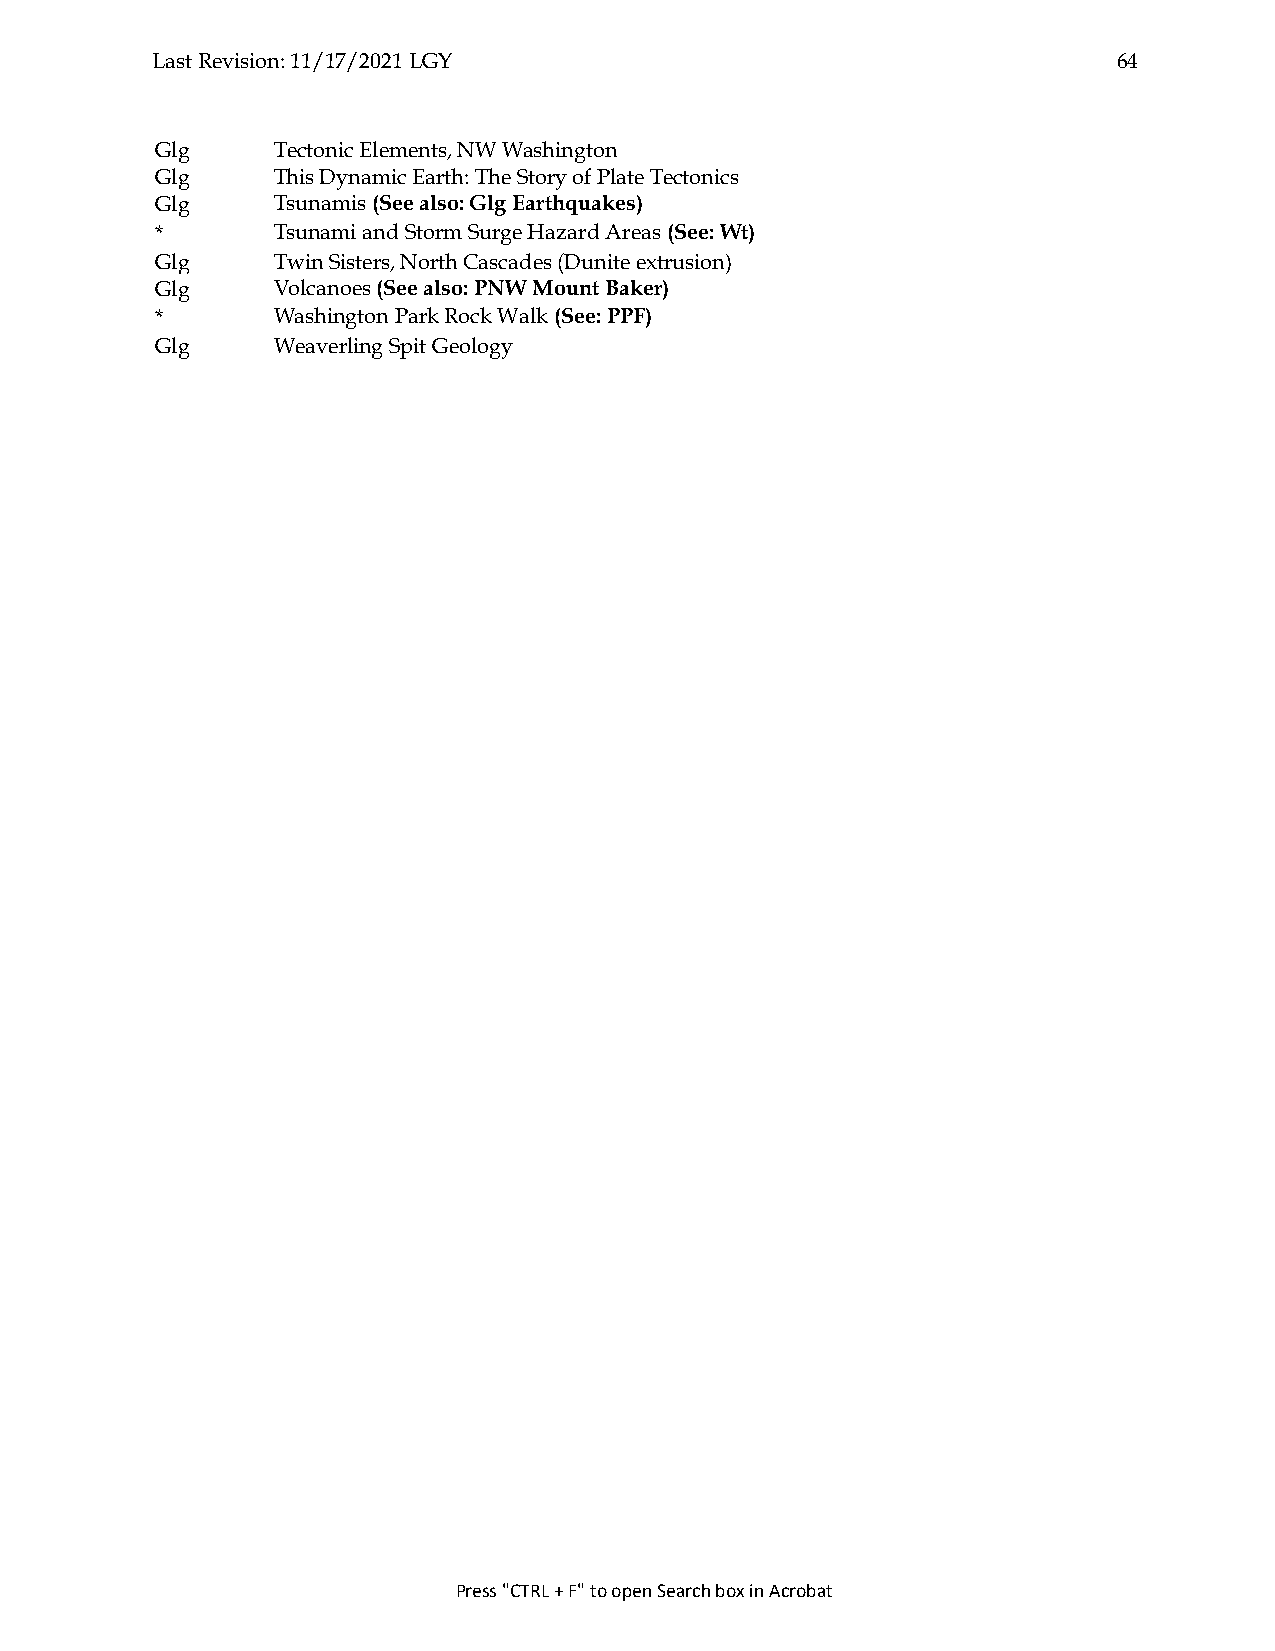
Last Revision: 11/17/2021 LGY                                   64
 Glg     Tectonic Elements, NW Washington
 Glg     This Dynamic Earth: The Story of Plate Tectonics
 Glg     Tsunamis (See also: Glg Earthquakes)
 *       Tsunami and Storm Surge Hazard Areas (See: Wt)
 Glg     Twin Sisters, North Cascades (Dunite extrusion)
 Glg     Volcanoes (See also: PNW Mount Baker)
 *       Washington Park Rock Walk (See: PPF)
 Glg     Weaverling Spit Geology
 Press "CTRL + F" to open Search box in Acrobat